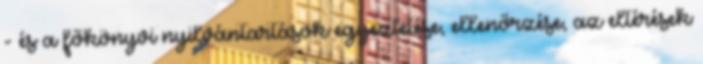
- és a főkönyvi nyilvántartások egyeztetése, ellenőrzése, az eltérések